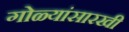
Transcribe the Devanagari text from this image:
गोळ्यांसारखी